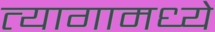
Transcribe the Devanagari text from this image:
त्यागामध्ये